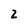
Character: 2